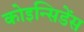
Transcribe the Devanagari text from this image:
कोइन्सिडेंस